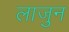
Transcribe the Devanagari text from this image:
लाजुन